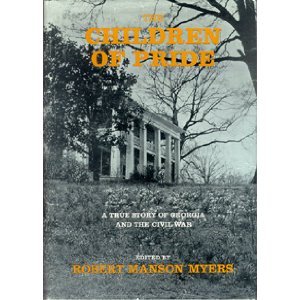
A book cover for The Children of Pride: A True Story of Georgia and the Civil War; Travel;